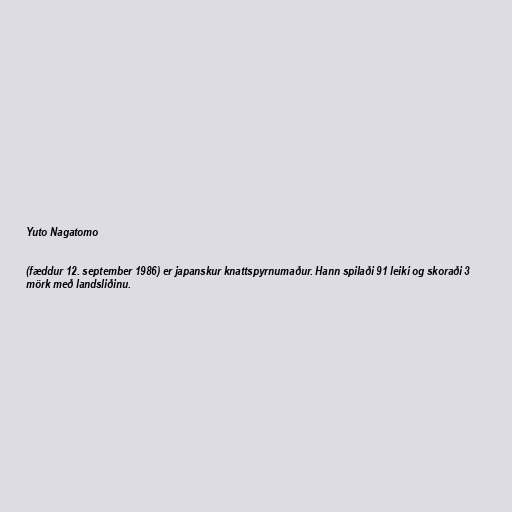
Yuto Nagatomo

(fæddur 12. september 1986) er japanskur knattspyrnumaður. Hann spilaði 91 leiki og skoraði 3
mörk með landsliðinu.